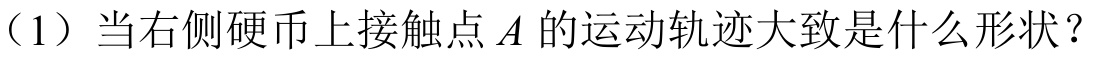
（1）当右侧硬币上接触点\(A\)的运动轨迹大致是什么形状？